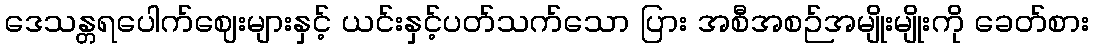
ဒေသန္တရပေါက်ဈေးများနှင့် ယင်းနှင့်ပတ်သက်သော ပြား အစီအစဉ်အမျိုးမျိုးကို ခေတ်စား